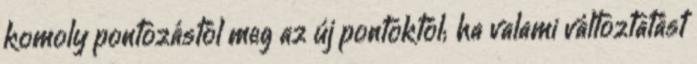
komoly pontozástól meg az új pontoktól; ha valami változtatást